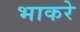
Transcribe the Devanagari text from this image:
भाकरे